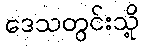
ဒေသတွင်းသို့